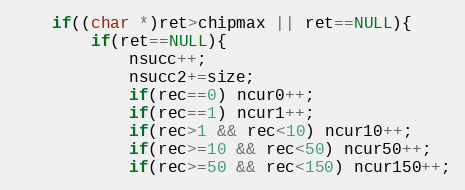
Language: C
	if((char *)ret>chipmax || ret==NULL){
		if(ret==NULL){
			nsucc++;
			nsucc2+=size;
			if(rec==0) ncur0++;
			if(rec==1) ncur1++;
			if(rec>1 && rec<10) ncur10++;
			if(rec>=10 && rec<50) ncur50++;
			if(rec>=50 && rec<150) ncur150++;